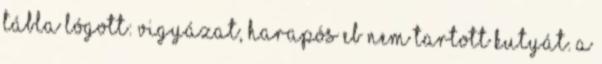
tábla lógott: VIGYÁZAT, HARAPÓS EB Nem tartott kutyát. A